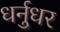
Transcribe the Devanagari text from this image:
धर्नुधर